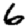
Digit: 6